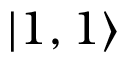
| 1 , 1 \rangle